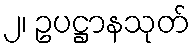
၂၊ ဥပဋ္ဌာနသုတ်